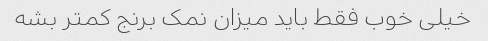
خیلی خوب فقط باید میزان نمک برنج کمتر بشه